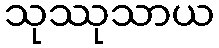
သုဿုသာယ